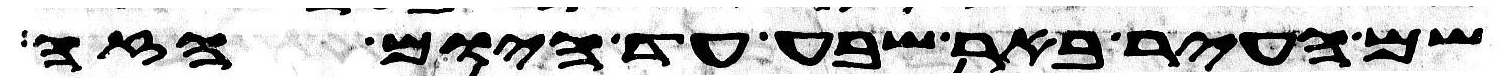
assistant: שם העיר באר שבע עד היום הזה